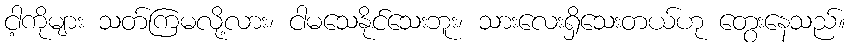
ငါ့ကိုများ သတ်ကြမလို့လား၊ ငါမသေနိုင်သေးဘူး၊ သားလေးရှိသေးတယ်ဟု တွေးနေသည်။